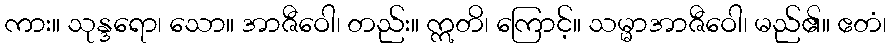
ကား။ သုန္ဒရော၊ သော။ အာဇီဝေါ၊ တည်း။ ဣတိ၊ ကြောင့်။ သမ္မာအာဇီဝေါ၊ မည်၏။ ဧတံ၊